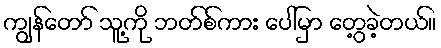
ကျွန်တော် သူ့ကို ဘတ်စ်ကား ပေါ်မှာ တွေ့ခဲ့တယ်။